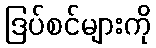
ဒြပ်စင်များကို